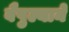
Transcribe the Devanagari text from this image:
वैपुल्याने